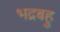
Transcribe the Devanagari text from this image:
भद्रबहु